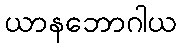
ယာနဘောဂါယ